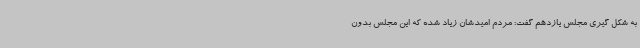
به شکل گیری مجلس یازدهم گفت: مردم امیدشان زیاد شده که این مجلس بدون